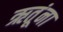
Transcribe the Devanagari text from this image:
ऋतूंना